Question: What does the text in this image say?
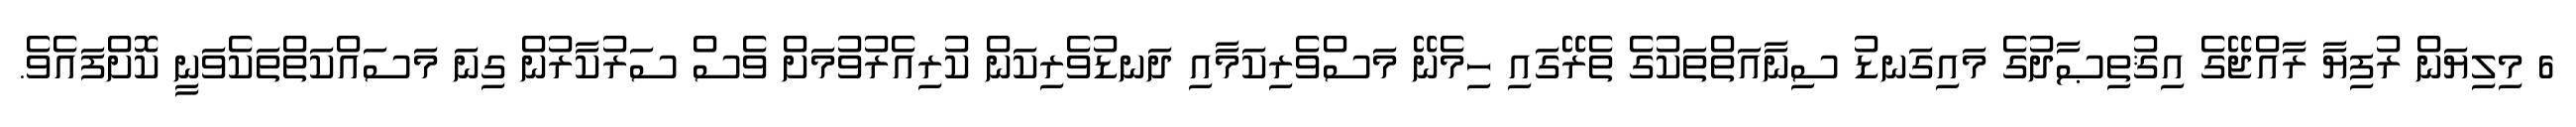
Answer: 6 މިލިޔަން ރުފިޔާ ރާއްޖޭގެ އިޤުތިޞާދުގެ މައިގަނޑު ސިނާއަތްތަކުގެ ތެރޭގައި ހިމެނޭ މަސްވެރިކަމާއި ދަނޑުވެރިކަން ކުރިއެރުވުމަށް ވެސް ސަރުކާރުން ގިނަ މަސައްކަތްތަކެވަނީ ކޮށްފައެވެ.